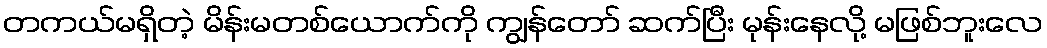
တကယ်မရှိတဲ့ မိန်းမတစ်ယောက်ကို ကျွန်တော် ဆက်ပြီး မုန်းနေလို့ မဖြစ်ဘူးလေ